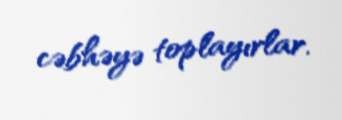
cəbhəyə toplayırlar.